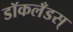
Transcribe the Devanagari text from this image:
डॉकलँडस्